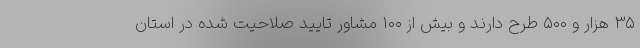
۳۵ هزار و ۵۰۰ طرح دارند و بیش از ۱۰۰ مشاور تایید صلاحیت شده در استان